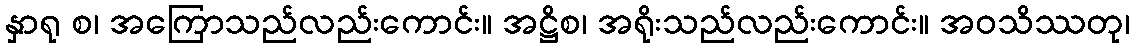
နှာရု စ၊ အကြောသည်လည်းကောင်း။ အဋ္ဌိစ၊ အရိုးသည်လည်းကောင်း။ အဝသိဿတု၊